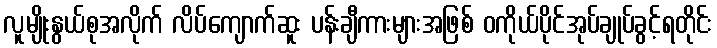
လူမျိုးနွယ်စုအလိုက် လိပ်ကျောက်ဆူး ပန်းချီကားများအဖြစ် ဝကိုယ်ပိုင်အုပ်ချုပ်ခွင့်ရတိုင်း